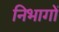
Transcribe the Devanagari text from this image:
निभागों